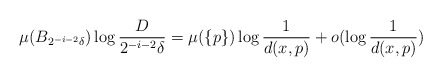
\begin{align*}\mu(B_{2^{-i-2}\delta}) \log\frac D{2^{-i -2}\delta} = \mu(\{p\}) \log \frac 1{d(x, p)} + o(\log\frac 1{d(x, p)}) \end{align*}